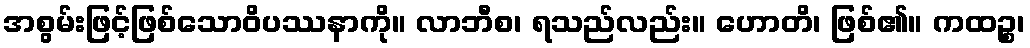
အစွမ်းဖြင့်ဖြစ်သောဝိပဿနာကို။ လာဘီစ၊ ရသည်လည်း။ ဟောတိ၊ ဖြစ်၏။ ကထဉ္စ၊